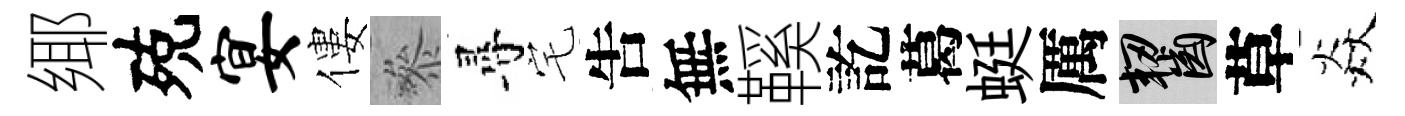
鄊殑宴僂叅尋宅吿無鞵訖葛蜓厲齧草焱